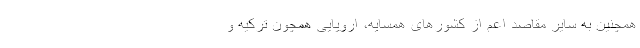
همچنین به سایر مقاصد اعم از کشورهای همسایه، اروپایی همچون ترکیه و